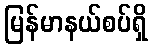
မြန်မာနယ်စပ်ရှိ